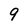
Character: 9